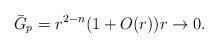
LaTeX: \begin{align*}\bar G_p = r^{2-n}(1 + O(r)) r \rightarrow 0.\end{align*}